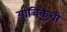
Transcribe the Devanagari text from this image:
याचिकेची